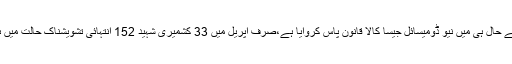
حریت رہنما کی اہلیہ مشال ملک نے کہاکہ بھارت نے حال ہی میں نیو ڈومیسائل جیسا کالا قانون پاس کروایا ہے،صرف اپریل میں 33 کشمیری شہید 152 انتہائی تشویشناک حالت میں ہیں ،لائن آف کنٹرول کی صورتحال بھی سامنے ہیں ۔